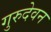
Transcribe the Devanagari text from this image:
गुरुदेवन